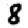
Digit: 8